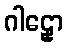
ဂါဠှော